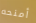
أمنحه